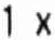
1 X